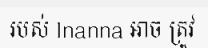
របស់ Inanna អាច ត្រូវ